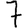
Digit: 7